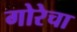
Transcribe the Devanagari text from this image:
गोरेचा